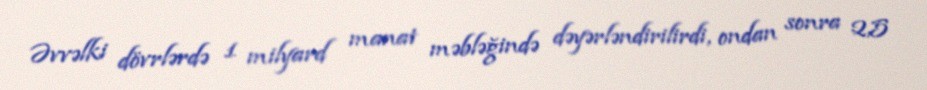
Əvvəlki dövrlərdə 1 milyard manat məbləğində dəyərləndirilirdi, ondan sonra 2,5